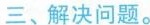
三、解决问题。